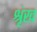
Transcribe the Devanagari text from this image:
श्रृंख